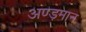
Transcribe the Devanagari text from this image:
अण्ड़मान